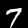
Digit: 7